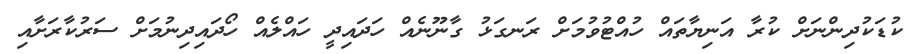
ކުޑަކުދިންނަށް ކުރާ އަނިޔާތައް ހުއްޓުވުމަށް ރަނގަޅު ގާނޫނެއް ހަދަައިދީ ހައްލެއް ހޯދައިދިނުމަށް ސަރުކާރަށާއި